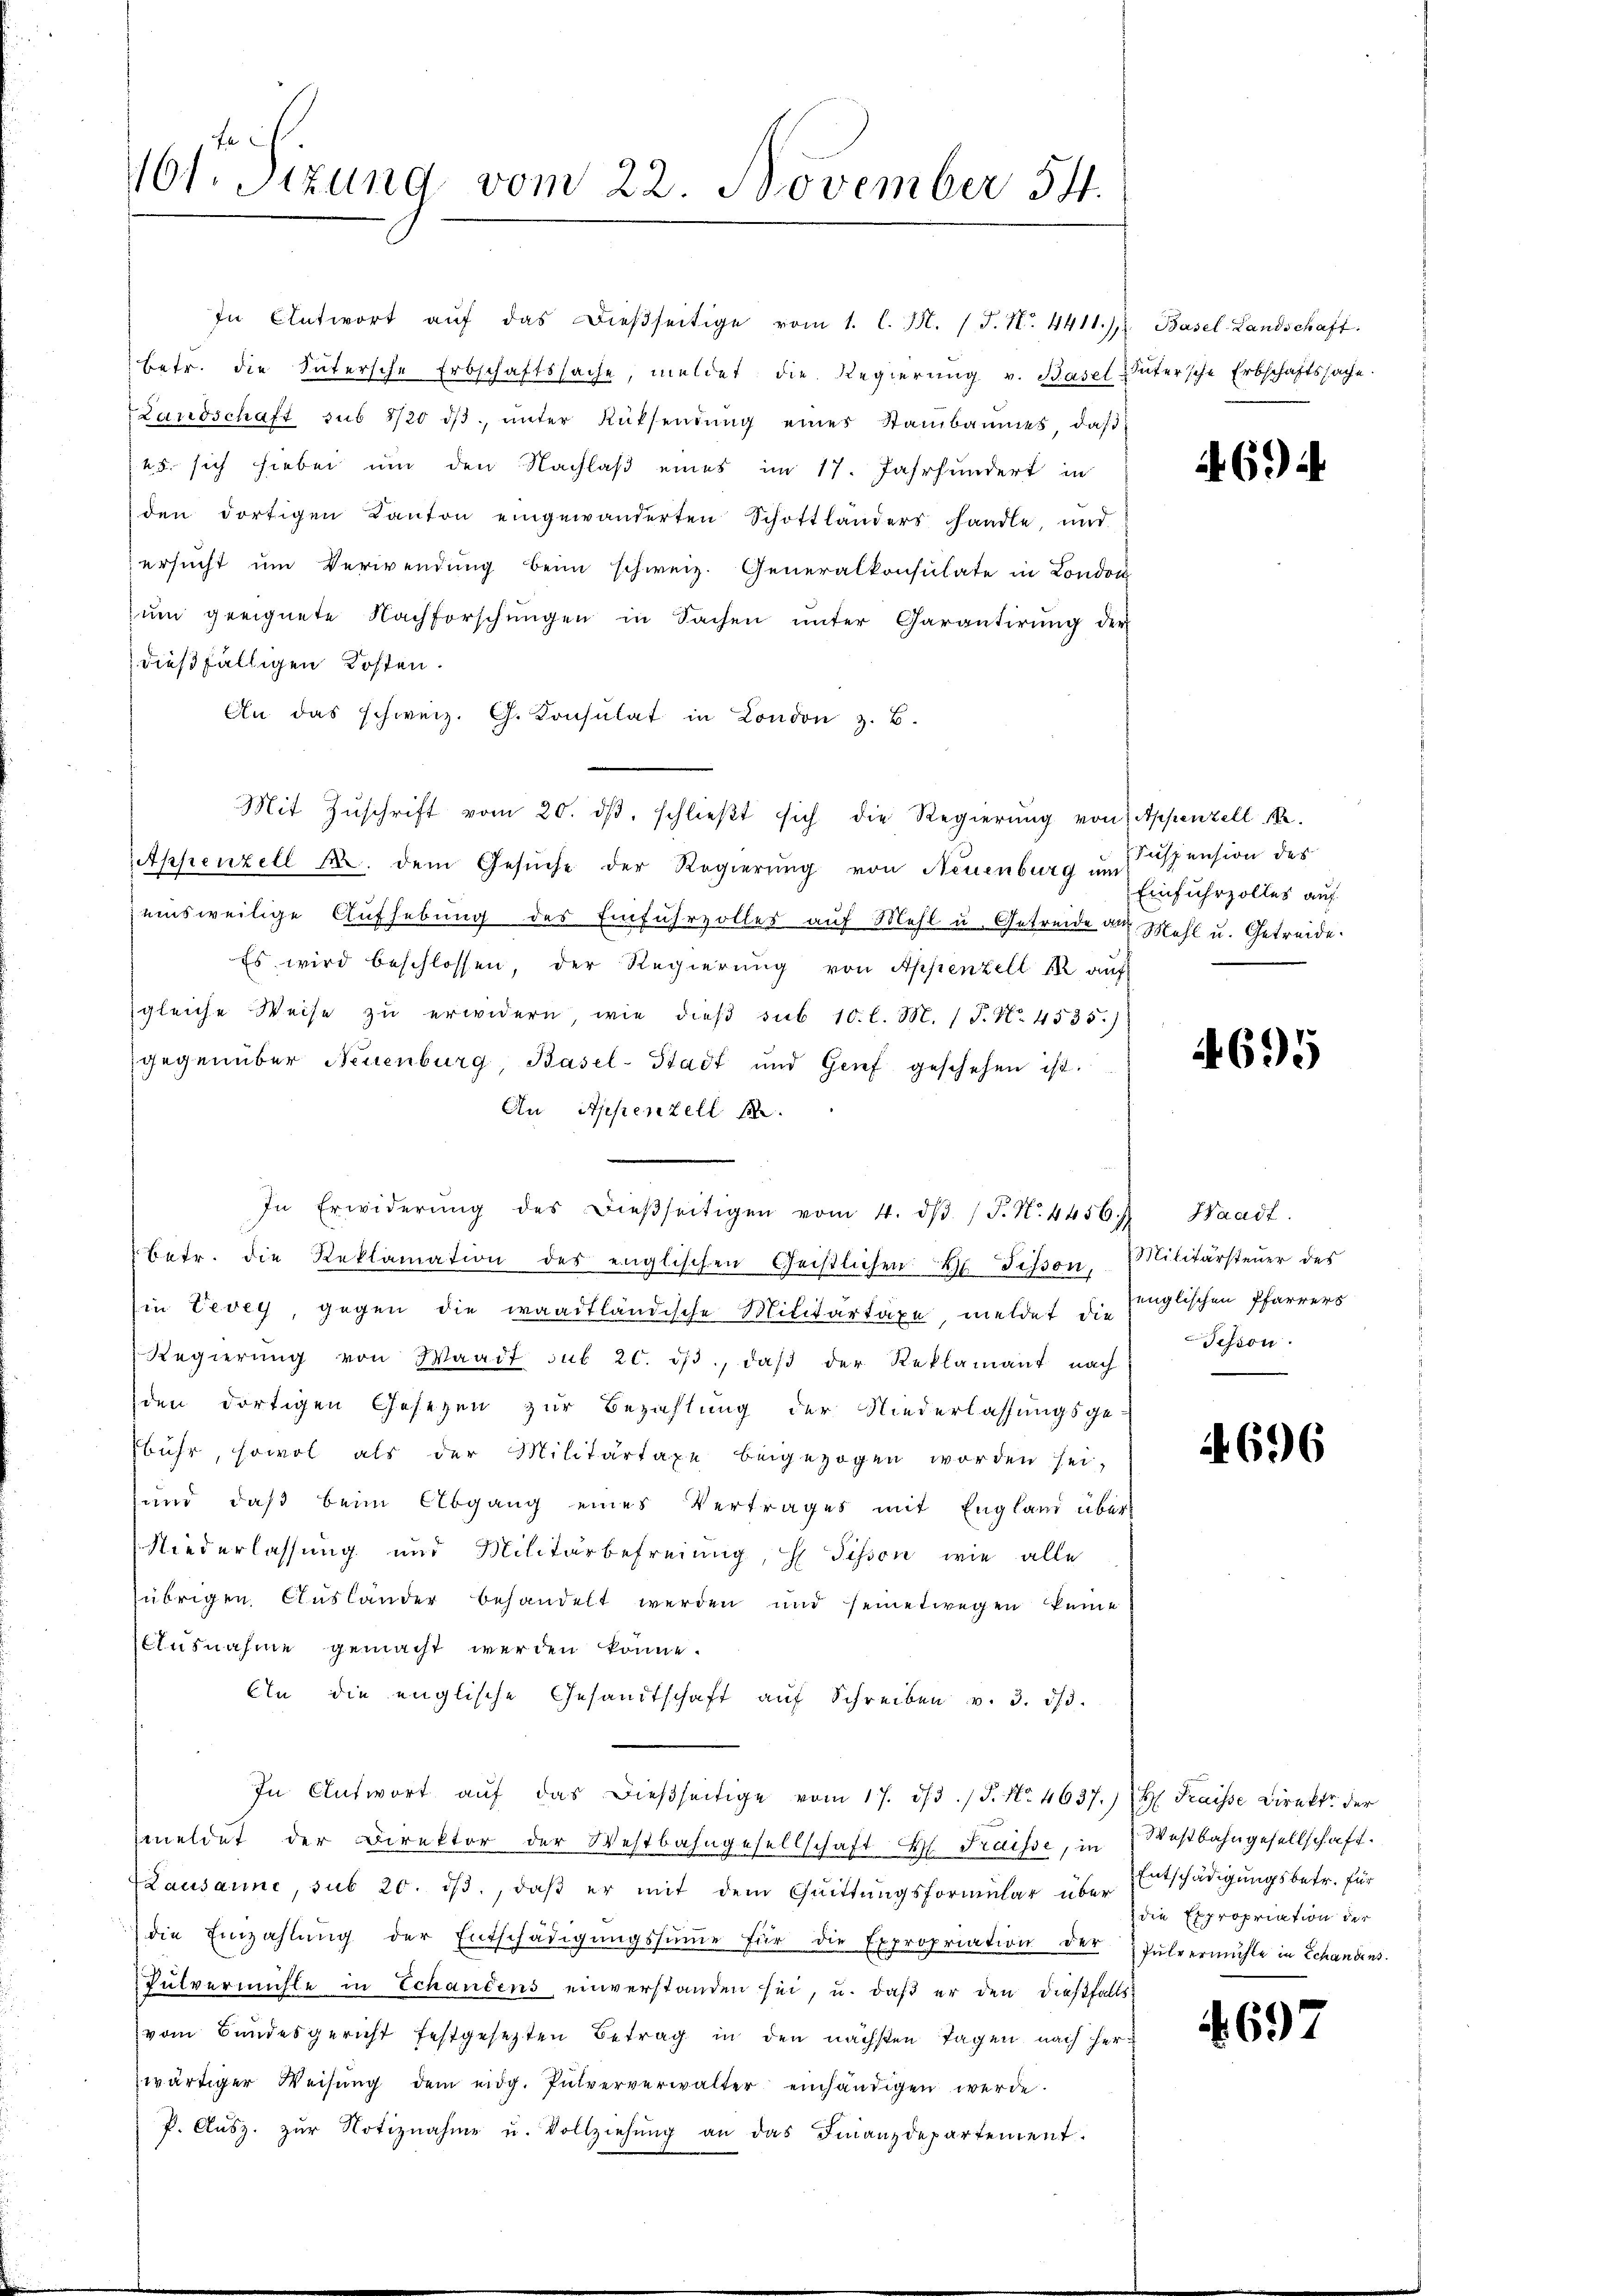
761. Sitzung vom 22. November 54.

In Antwort aŭf das dießseitige vom 1. l. M. (T. N. 4411. J
betr. die Sutersche Erbschaftssache, meldet die Regierung v. Basel-Sutersche Erbschaftssache.
Landschaft sub 8/20 dβ ŭnter Rüksendŭng eines Stambaumes, daβ
45. sich hiebei um den Nachlaß eines im 17. Jahrhundert in
den dortigen Kanton eingewanderten Schottlanders handle, und
ersucht um Verwendung beim schweiz. Generalkonsulate in London
zŭm geeignete Nachforschŭngen in Sachen ŭnter Garantirŭng der
dießfälligen Kosten.
An das schweiz. G. Konsulat in London z. B.
Appenzell A. dem Gesŭche der Regierŭng von Neuenburg um
einsweilige Aufhebung des Einfuhrzolles auf Mehl u. Getreide aus Mehl u. Getreide.
Es wird beschlossen, der Regierŭng von Appenzell M. auf
gleiche Weise zu erwidern, wie dieβ sub 10. l. M. P. Nr. 4535.)
gegenüber Neuenburg, Basel-Stadt und Genf geschehen ist.
An Appenzell A.
In Erwiderŭng des dieβseitigen vom 4. dβ /J. N. 4456.) Waadt.
betr. die Reklamation des englischen Geistlichen Tisson, Militärsteuer des
in Vevey, gegen die waadtländische Militärtaxe, meldet die Englischen Pfarrers
Regierŭng von Waadt sub 20. dβ, daβ der Reklamant nach
den dortigen Gesezen zur Bezahlung der Niederlassungsge-
bühr, sowol als der Militärtaxe beigezogen worden sei,
und, daß beim Abgang eines Vertrages mit England über
Niederlassung und Militärbefreiung, H. Pisson, wie alle
übrigen Ausländer behandelt werden und seinetwegen keine
Ausnahme gemacht werden könne.
bin die englische Gesandtschaft aŭf Schreiben v. 3. 33.
In Antwort aŭf das dieβseitige vom 17. ds. / P. Nr. 4637.) Hs. Fraisse Direkt der
meldet der Direktor der Westbahngesellschaft H. Fraisse, in Westbahngesellschaft
Lausanne, sub 20. dβ., daβ er mit dem Cuittungsformular über
die Einzahlŭng der Entschädigŭngssŭṁe für die Expropriation der Pulvermühle in Schandens.
Pulvermühle in Echandens einverstanden sei, u. daß er den dießfalls:
vom Bundesgericht festgesetzten Betrag in den nächsten Tagen nach herwärtiger Weisŭng dem eidg. Pulververwalter einhändigen werde.
P. Aŭsz. zŭr Notiznahme u. Vollziehŭng an das Finanzdepartement.

Mit Zŭschrift vom 20. dβ, schlieβt sich die Regierŭng von Appenzell A.

Basel-Landschaft:

4694.

Suspension des
Einfuhrzolles auf

4695

Tisson.

696

Entschädigungsbetr. für
die Expropriation der

4697